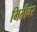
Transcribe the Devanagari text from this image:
मितीवर